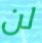
لن